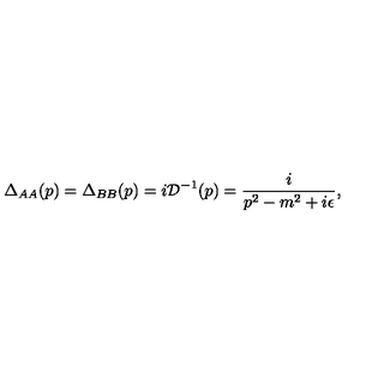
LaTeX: \Delta _ { A A } ( p ) = \Delta _ { B B } ( p ) = i { \cal D } ^ { - 1 } ( p ) = \frac { i } { p ^ { 2 } - m ^ { 2 } + i \epsilon } ,